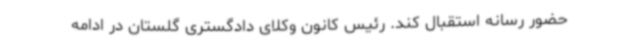
حضور رسانه استقبال کند. رئیس کانون وکلای دادگستری گلستان در ادامه